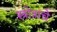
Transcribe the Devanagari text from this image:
स्त्रोत्राचे